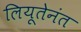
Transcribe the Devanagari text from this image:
लियूतेनंत